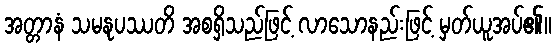
အတ္တာနံ သမနုပဿတိ အစရှိသည်ဖြင့် လာသောနည်းဖြင့် မှတ်ယူအပ်၏။